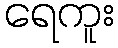
ရေကူး